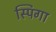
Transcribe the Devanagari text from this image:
स्पिगा